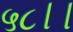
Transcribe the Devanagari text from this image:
५८।।